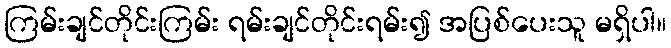
ကြမ်းချင်တိုင်းကြမ်း ရမ်းချင်တိုင်းရမ်း၍ အပြစ်ပေးသူ မရှိပါ။